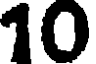
10